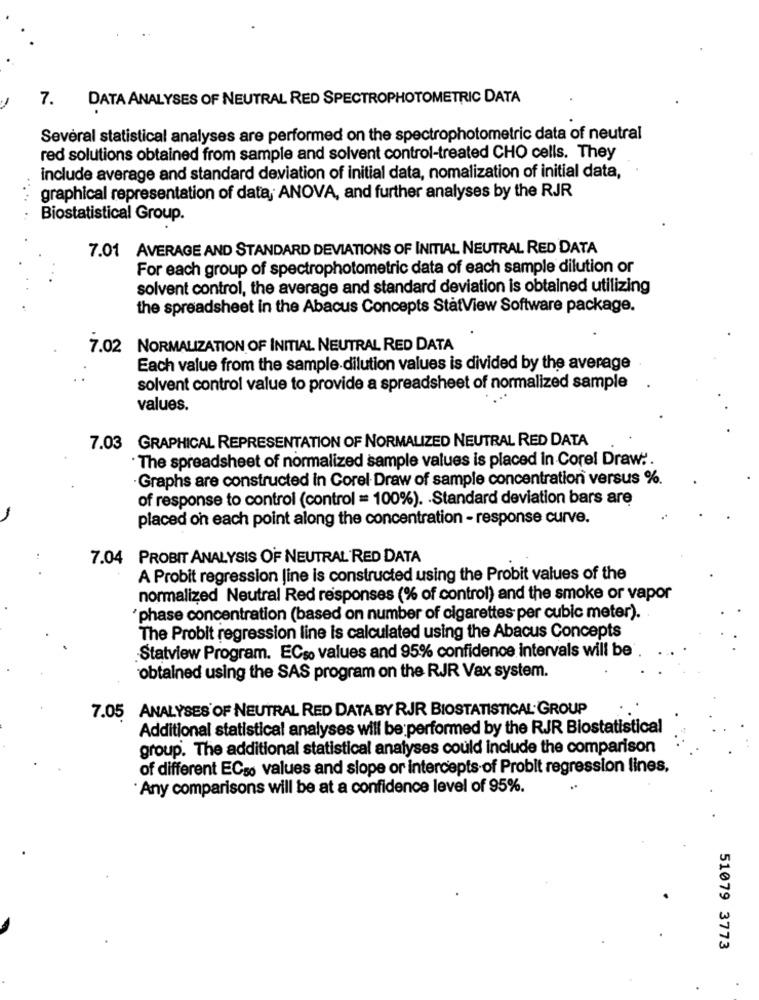
DATA ANALYSES OF NEUTRAL RED SPECTROPHOTOMETRIC DATA
7.
Several statistical analyses are performed on the spectrophotometric data of neutral
red solutions obtained from sample and solvent control-treated CHO cells. They
include average and standard deviation of initial data, nomalization of initial data,
... .
graphical representation of data, ANOVA, and further analyses by the RJR
Biostatistical Group.
7.01 AVERAGE AND STANDARD DEVIATIONS OF INITIAL NEUTRAL RED DATA
For each group of spectrophotometric data of each sample dilution or
solvent control, the average and standard deviation is obtained utilizing
the spreadsheet in the Abacus Concepts StatView Software package.
7.02 NORMALIZATION OF INITIAL NEUTRAL RED DATA
Each value from the sample dilution values is divided by the average
solvent control value to provide a spreadsheet of normalized sample
values.
7.03 GRAPHICAL REPRESENTATION OF NORMALIZED NEUTRAL RED DATA
The spreadsheet of normalized sample values is placed in Corel Draw :.
Graphs are constructed in Corel Draw of sample concentration versus %.
of response to control (control = 100%). Standard deviation bars are
placed on each point along the concentration - response curve.
7.04 PROBIT ANALYSIS OF NEUTRAL RED DATA
A Probit regression Jine is constructed using the Probit values of the
normalized Neutral Red responses (% of control) and the smoke or vapor
'phase concentration (based on number of cigarettes per cubic meter).
The Probit regression line is calculated using the Abacus Concepts
Statview Program. ECso values and 95% confidence intervals will be
obtained using the SAS program on the RJR Vax system.
7.05 ANALYSES OF NEUTRAL RED DATA BY RJR BIOSTATISTICAL GROUP
Additional statistical analyses will be performed by the RJR Blostatistical
group. The additional statistical analyses could include the comparison
of different ECso values and slope or intercepts of Probit regression lines,
Any comparisons will be at a confidence level of 95%.
51079 3773